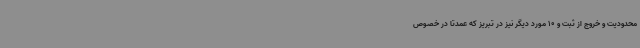
محدودیت و خروج از ثبت و 10 مورد دیگر نیز در تبریز که عمدتاً در خصوص